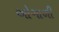
ઓગાળી